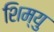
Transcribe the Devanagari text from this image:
शिम्यु